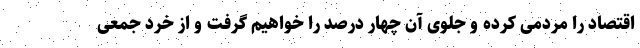
اقتصاد را مردمی کرده و جلوی آن چهار درصد را خواهیم گرفت و از خرد جمعی